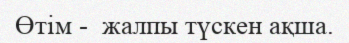
Өтім -  жалпы түскен ақша.